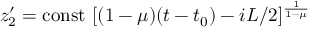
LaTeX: z _ { 2 } ^ { \prime } = \mathrm { c o n s t } ~ [ ( 1 - \mu ) ( t - t _ { 0 } ) - i L / 2 ] ^ { \frac { 1 } { 1 - \mu } }